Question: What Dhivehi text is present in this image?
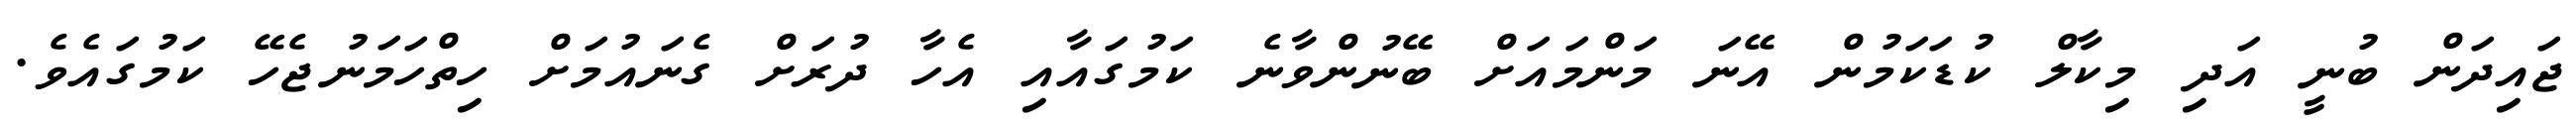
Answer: ޖައިދަން ބުނީ އަދި މިކާލް ކުޑަކަމުން އޭނަ މަންމައަށް ބޭނުންވާނެ ކަމުގައާއި އެހާ ދުރަށް ގެނައުމަށް ހިތްހަމަނުޖެހޭ ކަމުގައެވެ.